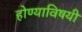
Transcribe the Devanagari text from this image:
होण्याविषयी